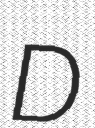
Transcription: D